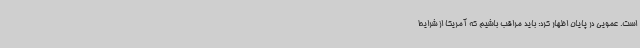
است. عمویی در پایان اظهار کرد: باید مراقب باشیم که آمریکا از شرایط